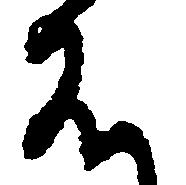
は